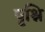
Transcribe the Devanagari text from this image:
पृश्नि